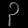
Digit: ၃